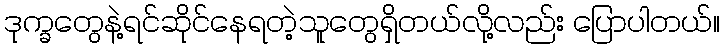
ဒုက္ခတွေနဲ့ရင်ဆိုင်နေရတဲ့သူတွေရှိတယ်လို့လည်း ပြောပါတယ်။